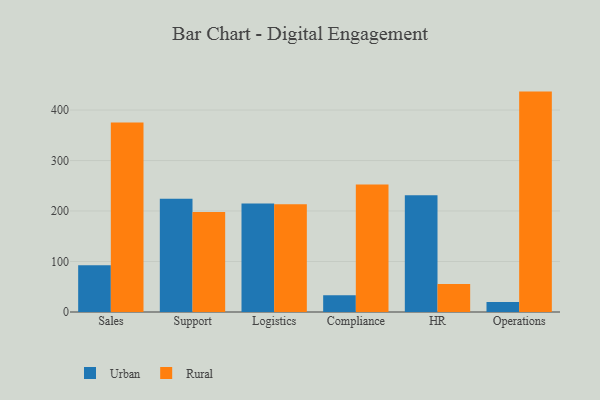
{"axis": {"x": "Department", "y": "Bounce Rate (%)"}, "legend": ["Rural", "Urban"], "data": [{"x": "Sales", "y": 92.8, "type": "Urban"}, {"x": "Sales", "y": 375.5, "type": "Rural"}, {"x": "Support", "y": 224.5, "type": "Urban"}, {"x": "Support", "y": 198.2, "type": "Rural"}, {"x": "Logistics", "y": 215.0, "type": "Urban"}, {"x": "Logistics", "y": 213.2, "type": "Rural"}, {"x": "Compliance", "y": 33.2, "type": "Urban"}, {"x": "Compliance", "y": 252.3, "type": "Rural"}, {"x": "HR", "y": 231.3, "type": "Urban"}, {"x": "HR", "y": 55.7, "type": "Rural"}, {"x": "Operations", "y": 20.0, "type": "Urban"}, {"x": "Operations", "y": 436.5, "type": "Rural"}]}